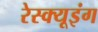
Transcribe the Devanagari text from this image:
रेस्‍क्‍यूइंग